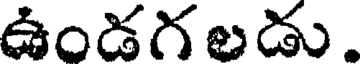
ఉండగలడు.